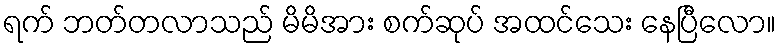
ရက် ဘတ်တလာသည် မိမိအား စက်ဆုပ် အထင်သေး နေပြီလော။